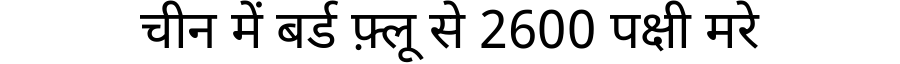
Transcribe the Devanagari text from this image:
चीन में बर्ड फ़्लू से 2600 पक्षी मरे